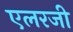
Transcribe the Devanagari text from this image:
एलरजी